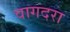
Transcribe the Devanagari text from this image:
वागदरा